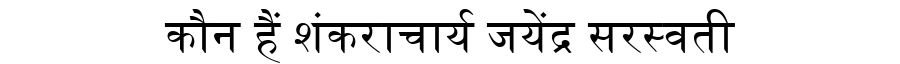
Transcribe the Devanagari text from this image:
कौन हैं शंकराचार्य जयेंद्र सरस्वती